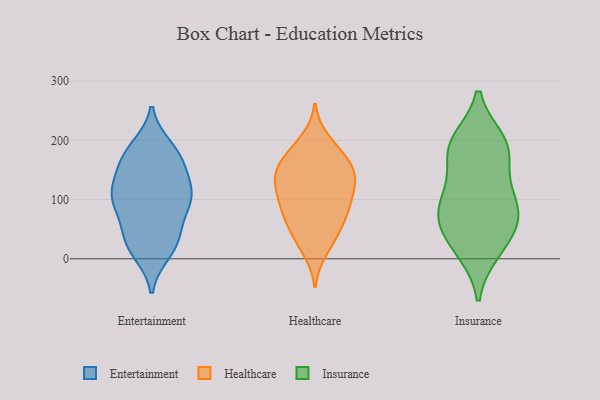
{"axis": {"x": "Energy Usage (MWh)", "y": "Value"}, "legend": ["Entertainment", "Healthcare", "Insurance"], "data": [{"x": "", "y": 158, "type": "Entertainment"}, {"x": "", "y": 114, "type": "Entertainment"}, {"x": "", "y": 41, "type": "Entertainment"}, {"x": "", "y": 179, "type": "Entertainment"}, {"x": "", "y": 188, "type": "Entertainment"}, {"x": "", "y": 92, "type": "Entertainment"}, {"x": "", "y": 102, "type": "Entertainment"}, {"x": "", "y": 40, "type": "Entertainment"}, {"x": "", "y": 170, "type": "Entertainment"}, {"x": "", "y": 131, "type": "Entertainment"}, {"x": "", "y": 11, "type": "Entertainment"}, {"x": "", "y": 108, "type": "Entertainment"}, {"x": "", "y": 96, "type": "Entertainment"}, {"x": "", "y": 27, "type": "Entertainment"}, {"x": "", "y": 172, "type": "Entertainment"}, {"x": "", "y": 79, "type": "Entertainment"}, {"x": "", "y": 118, "type": "Entertainment"}, {"x": "", "y": 19, "type": "Entertainment"}, {"x": "", "y": 177, "type": "Healthcare"}, {"x": "", "y": 36, "type": "Healthcare"}, {"x": "", "y": 121, "type": "Healthcare"}, {"x": "", "y": 184, "type": "Healthcare"}, {"x": "", "y": 79, "type": "Healthcare"}, {"x": "", "y": 36, "type": "Healthcare"}, {"x": "", "y": 152, "type": "Healthcare"}, {"x": "", "y": 93, "type": "Healthcare"}, {"x": "", "y": 15, "type": "Healthcare"}, {"x": "", "y": 87, "type": "Healthcare"}, {"x": "", "y": 153, "type": "Healthcare"}, {"x": "", "y": 142, "type": "Healthcare"}, {"x": "", "y": 139, "type": "Healthcare"}, {"x": "", "y": 153, "type": "Healthcare"}, {"x": "", "y": 70, "type": "Healthcare"}, {"x": "", "y": 199, "type": "Healthcare"}, {"x": "", "y": 115, "type": "Healthcare"}, {"x": "", "y": 120, "type": "Healthcare"}, {"x": "", "y": 67, "type": "Healthcare"}, {"x": "", "y": 199, "type": "Insurance"}, {"x": "", "y": 74, "type": "Insurance"}, {"x": "", "y": 196, "type": "Insurance"}, {"x": "", "y": 114, "type": "Insurance"}, {"x": "", "y": 13, "type": "Insurance"}, {"x": "", "y": 161, "type": "Insurance"}, {"x": "", "y": 96, "type": "Insurance"}, {"x": "", "y": 17, "type": "Insurance"}, {"x": "", "y": 99, "type": "Insurance"}, {"x": "", "y": 67, "type": "Insurance"}, {"x": "", "y": 192, "type": "Insurance"}, {"x": "", "y": 44, "type": "Insurance"}, {"x": "", "y": 182, "type": "Insurance"}, {"x": "", "y": 65, "type": "Insurance"}]}